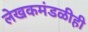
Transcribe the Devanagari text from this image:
लेखकमंडळीही